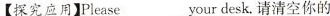
【探究应用】Please__yourdesk.请清空你的